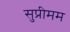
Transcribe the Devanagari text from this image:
सुप्रीमम